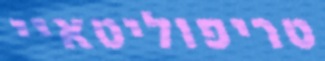
טריפוליטאיי